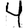
Digit: 4